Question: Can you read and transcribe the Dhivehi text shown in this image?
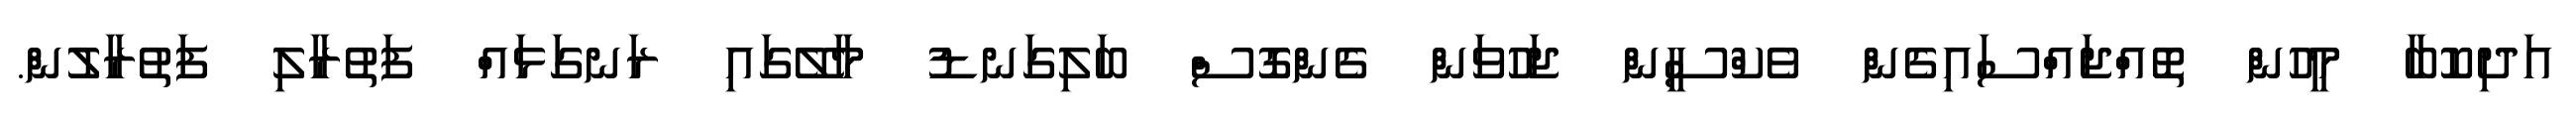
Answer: އަދިކޮބާ މީހުން ތޮއްޖައްސައިގެން ވެކްސީން ޖަހުވަން ގެންގޮސް ބަލިގަނޑު މާލޭގައި ރަނގަޅައް ފަތުރާލި ފަތުރާލުން.